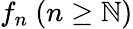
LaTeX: f_{n}\ (n\geq\mathbb{N})